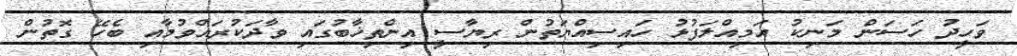
ވަހީދު ހަސަން މަނިކު އަމިއްލަފުޅު ހައިސިއްޔަތުން ރިޔާސީ އިންތިޚާބުގައި ވާދަކުރައްވުމާއި ބެހޭ ގޮތުން